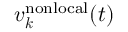
\boldsymbol v _ { \boldsymbol k } ^ { \mathrm { n o n l o c a l } } ( t )